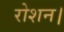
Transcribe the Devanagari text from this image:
रोशन।